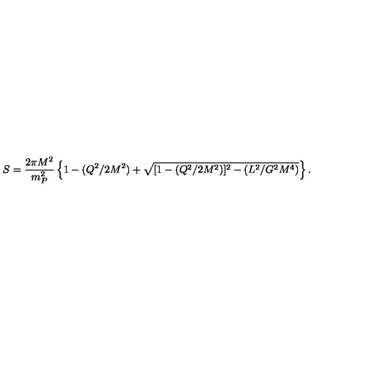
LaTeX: S = { \frac { 2 \pi M ^ { 2 } } { m _ { P } ^ { 2 } } } \left\{ 1 - ( Q ^ { 2 } / 2 M ^ { 2 } ) + \sqrt { [ 1 - ( Q ^ { 2 } / 2 M ^ { 2 } ) ] ^ { 2 } - ( L ^ { 2 } / G ^ { 2 } M ^ { 4 } ) } \right\} .